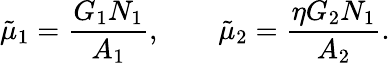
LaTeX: \tilde{\mu}_{1}=\frac{G_{1}N_{1}}{A_{1}},\qquad\tilde{\mu}_{2}=\frac{\eta G_{2}N_{1}}{A_{2}}.